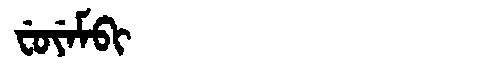
Manchu: ᠸᡠᠶᡝᠮᠪᡳ
Romanization: FUYEMBI